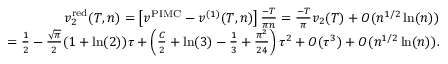
\begin{array} { r l r } & { } & { v _ { 2 } ^ { \mathrm { r e d } } ( T , n ) = \left[ v ^ { \mathrm { P I M C } } - v ^ { ( 1 ) } ( T , n ) \right] \frac { - T } { \pi n } = \frac { - T } { \pi } v _ { 2 } ( T ) + { \cal O } ( n ^ { 1 / 2 } \ln ( n ) ) } \\ & { } & { = \frac { 1 } { 2 } - \frac { \sqrt { \pi } } { 2 } ( 1 + \ln ( 2 ) ) \tau + \left( \frac { C } { 2 } + \ln ( 3 ) - \frac { 1 } { 3 } + \frac { \pi ^ { 2 } } { 2 4 } \right) \tau ^ { 2 } + { \cal O } ( \tau ^ { 3 } ) + { \cal O } ( n ^ { 1 / 2 } \ln ( n ) ) . } \end{array}